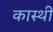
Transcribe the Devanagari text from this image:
कास्थी